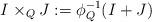
LaTeX: \begin{align*}I \times_Q J := \phi_Q^{-1}(I+J)\end{align*}